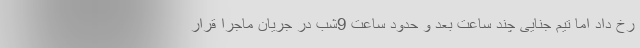
رخ داد اما تیم جنایی چند ساعت بعد و حدود ساعت 9شب در جریان ماجرا قرار